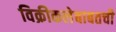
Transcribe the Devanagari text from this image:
विक्रीकलेबाबतची